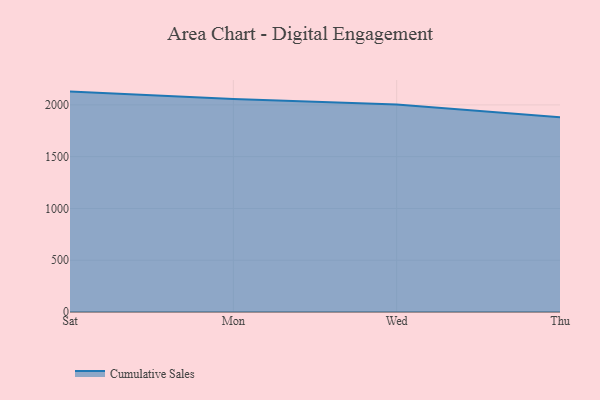
{"axis": {"x": "Day", "y": "Customer Acquisition Cost (USD)"}, "legend": ["Cumulative Sales"], "data": [{"x": "Sat", "y": 2128.7, "type": "Cumulative Sales"}, {"x": "Mon", "y": 2058.3, "type": "Cumulative Sales"}, {"x": "Wed", "y": 2004.4, "type": "Cumulative Sales"}, {"x": "Thu", "y": 1881.1, "type": "Cumulative Sales"}]}